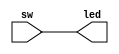
`timescale 1ns / 1ps
//////////////////////////////////////////////////////////////////////////////////
// Company: 
// Engineer: 
// 
// Design Name: 
// Module Name: leds
// Project Name: 
// Target Devices: 
// Tool Versions: 
// Description: 
// 
// Dependencies: 
// 
// Revision:
// Revision 0.01 - File Created
// Additional Comments:
// 
//////////////////////////////////////////////////////////////////////////////////


module leds(
    input [3:0] sw,
    output [3:0] led
    );
    assign led=sw;
endmodule